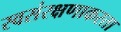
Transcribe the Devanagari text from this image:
स्वसंरक्षणाकरता